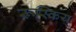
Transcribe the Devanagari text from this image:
रूस्किय्